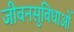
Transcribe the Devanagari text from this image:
जीवनसुविधाओं